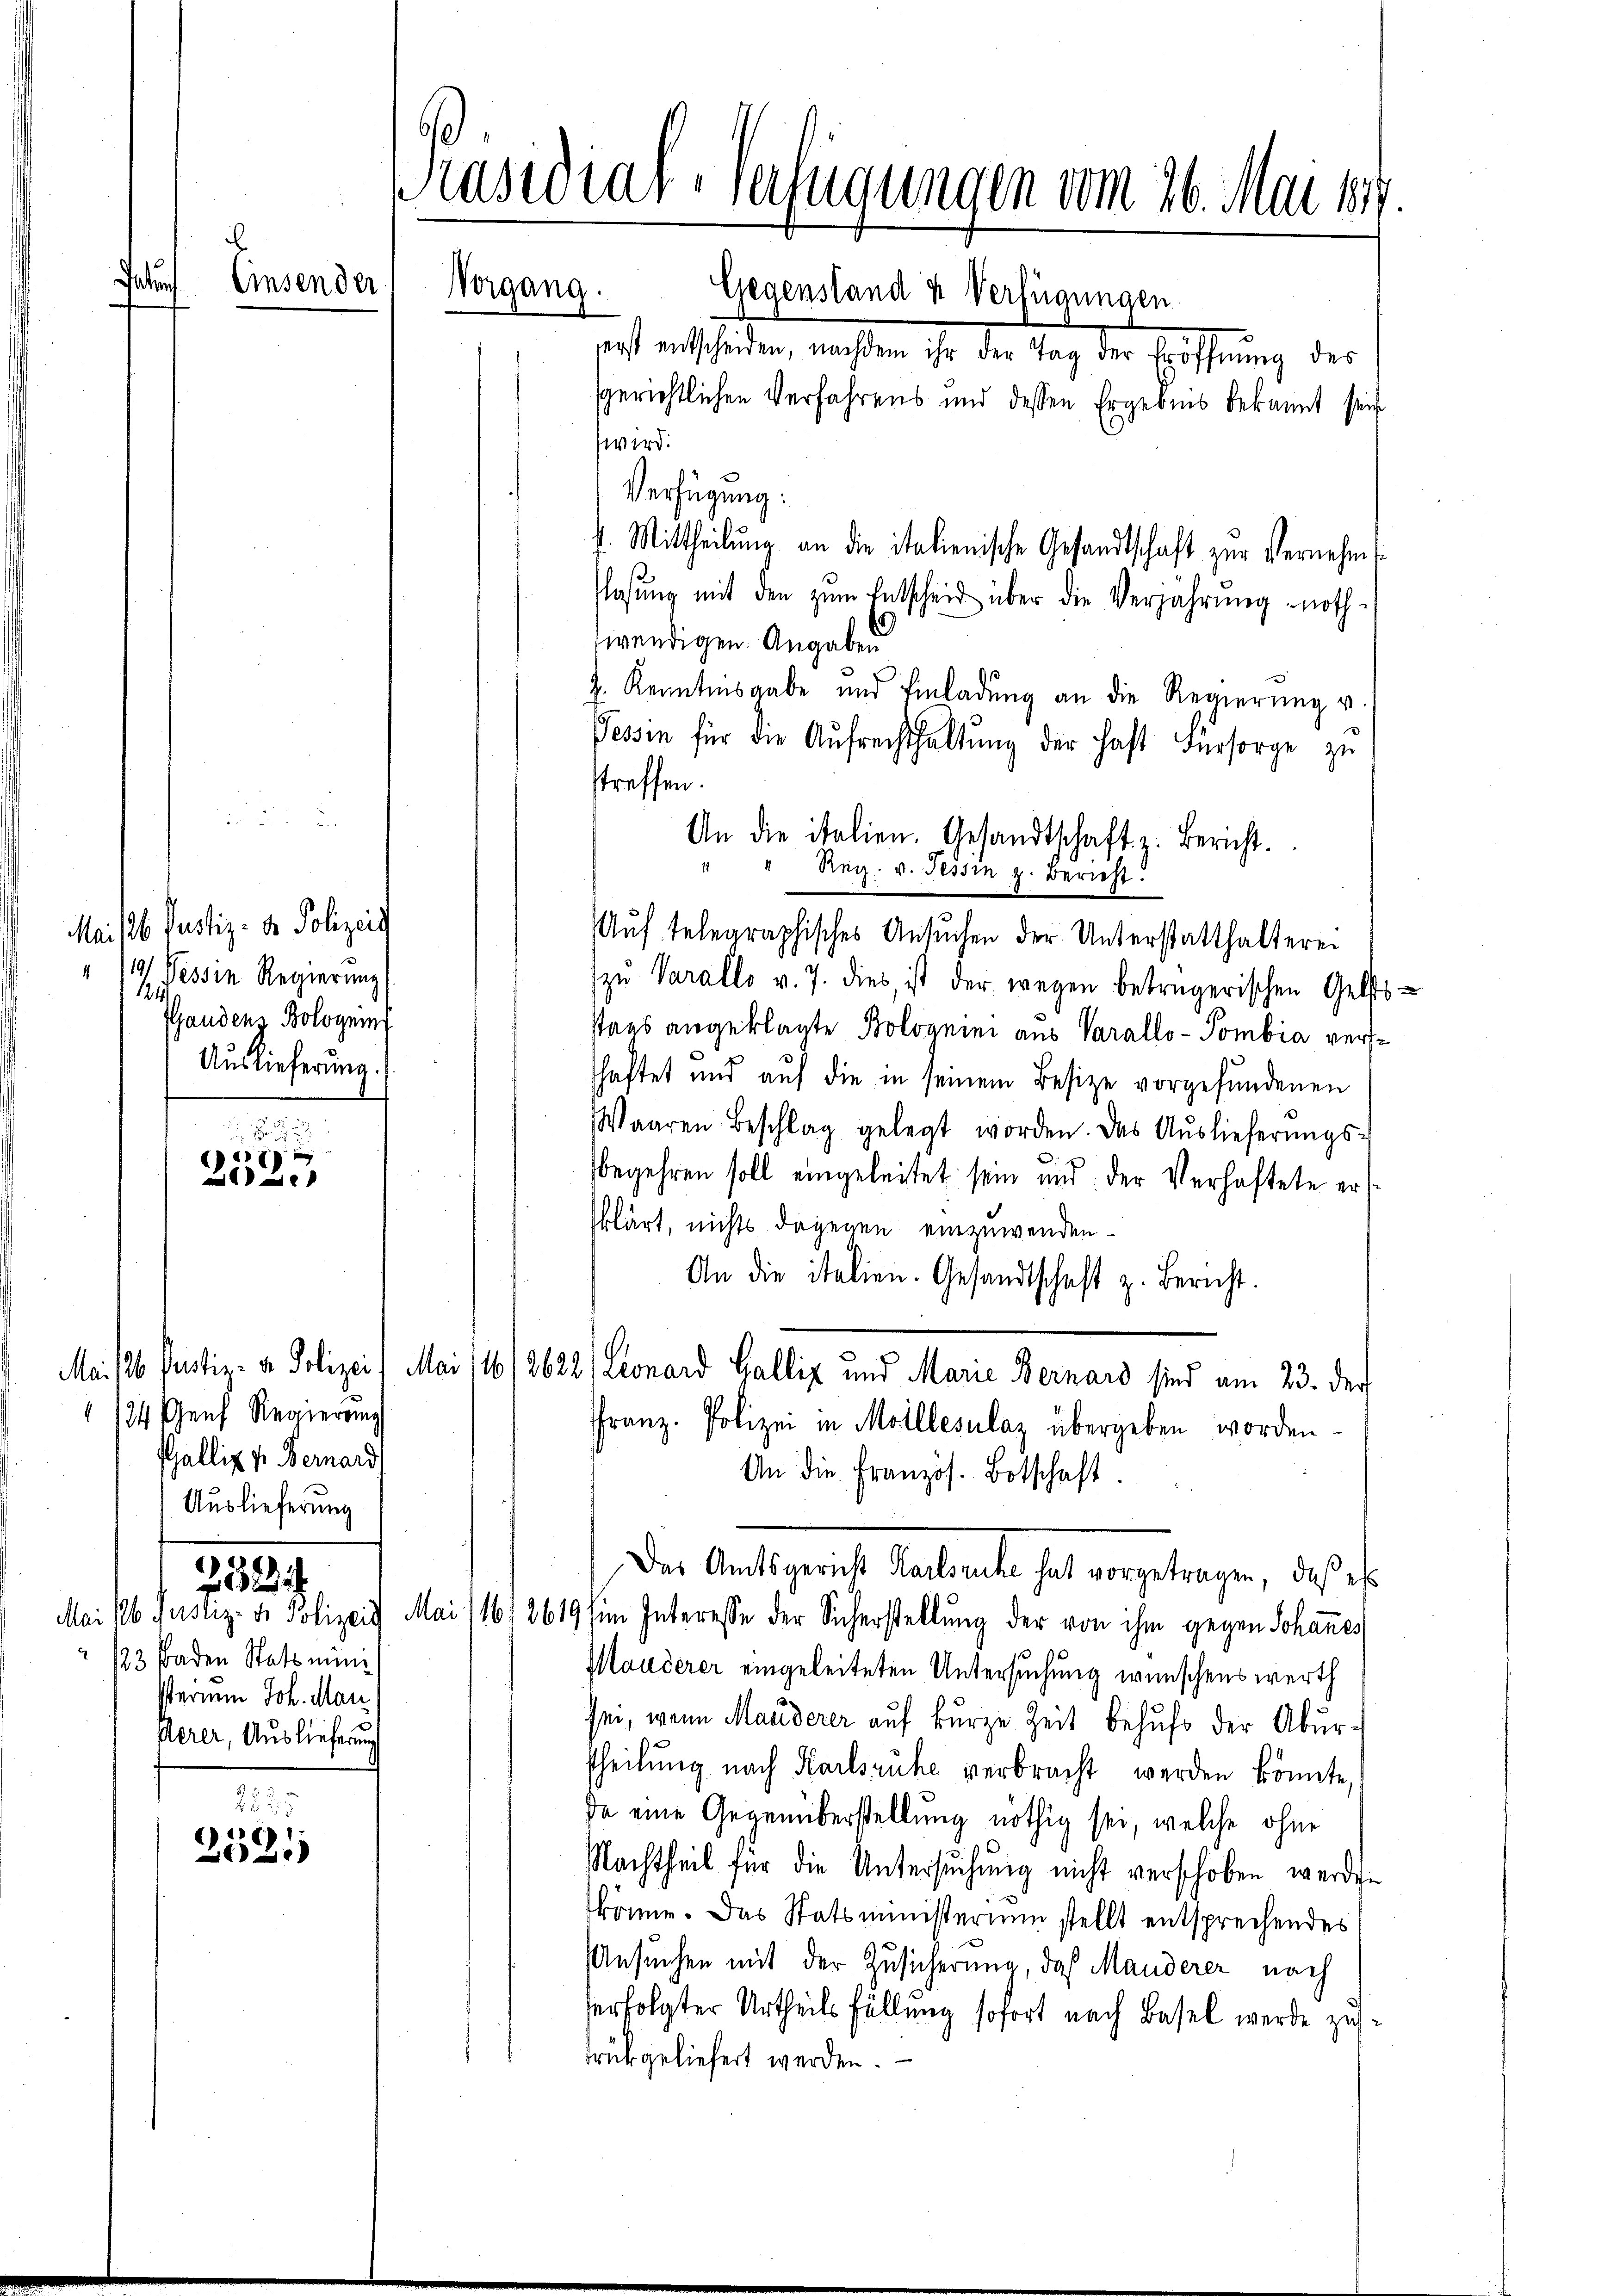
ater

i

Maisl. Justiz- & Polizeit
/9. Tessin Regierung
Pfandenz Bologeinf
Auslieferung.

e

123 Baden Statsmini
Wernem Joh. Mari
Perer, Auslieferung

232.

22 25
2521

Präsidial-Verfügungen vom 26. Mai 188
Einsender
Vorgang.
Gegenstand u Verfügungen
serst entscheiden, nachdem ihr der Tag der Eröffnung des
sgerichtlichen Verfahrens und dessen Ergebnis bekannt sein
wird.

124 Genf Regierung
Gällig v. Bernard
Auslieferung

Verfügung:
f. Mittheilung an die italienische Gesandtschaft zur Vernehm
flassŭng mit den zum Entscheid über die Verjährung noth-
wendigen Angaben
2. Kenntnisgabe und Einladung an die Regierung v.
Tessin für die Aufrechthaltung der hast Fürsorge zu
streffen.
11
Auf telegraphisches Ansuchen der Unterstatthalterei
zu Parallo v. 7. dies, ist der wegen betrügerischen Gelts
stags angeklagte Bolvanini aus Parallo-Pombia vershaftet und auf die in seinem Besize vorgefundenen
Waaren Beschlag gelegt worden. Das Aŭslieferŭngs-
begehren soll eingeleitet sein und der Verhaftete erklärt, nichts dagegen einzuwenden.
An die italien. Gesandtschaft z. Bericht.
Mai 16. Justiz- & Polizeit Mai /16/2622) Lionard Galliz und Marie Bernard sind am 23. der
Franz. Polizei in Molllesalaz übergeben worden.
An die Französ. Botschaft.
Der Amtsgericht Kartorte hat vorgetragen, daß es
Mai 186 Justiz- & Polizeit Mai 116) 2619 (im Interesse der Sicherstellung der von ihm gegen Johannes
Manderer eingeleiteten Untersuchung wünschenswerth
sei, wenn Manderer auf kurze Zeit behufe der Aburtheilung nach Karlsruhe verbracht werden könnte,
da eine Gegenüberstellung nöthig sei, welche ohne
Nachtheil für die Untersuchung nicht verschoben werden
könne. Das Statsministerium stellt entsprechendes
Ansuchen mit der Zusicherung, das Manderer nach
erfolgter Urtheils füllung sofort nach Basel werde zusdrückgeliefert werden.

An die italien. Gesandtschaft z. Bericht.
Reg. v. Tessin z. Bericht.